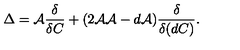
\Delta = { \cal A } \frac { \delta } { \delta C } + ( 2 { \cal A A } - d { \cal A } ) \frac { \delta } { \delta ( d C ) } .